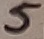
Text: 5